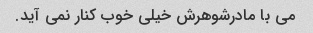
می با مادرشوهرش خیلی خوب کنار نمی آید.